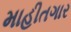
માહીતગાર